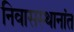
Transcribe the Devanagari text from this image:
निवासस्थानांत